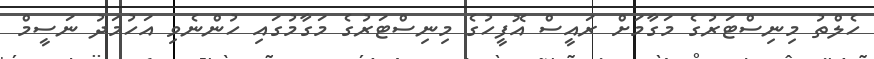
ހެލްތު މިނިސްޓަރުގެ މަގާމަށް ރައީސް އޮފީހުގެ މިނިސްޓަރުގެ މަގާމުގައި ހުންނެވި އަހުމަދު ނަސީމް